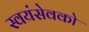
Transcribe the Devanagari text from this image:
स्‍वयंसेवको